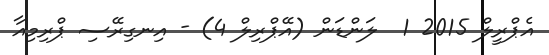
އެޕްރީލް 2015 1  ލަންޑަން (އޭޕްރިލް 4) - އިނގިރޭސި ޕްރިމިއާ